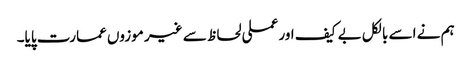
ہم نے اسے بالکل بے کیف اور عملی لحاظ سے غیر موزوں عمارت پایا۔